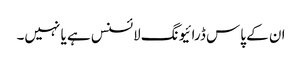
ان کے پاس ڈرائیونگ لائسنس ہے یا نہیں۔